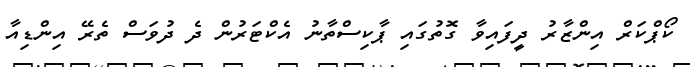
ކޯޕްކަރް އިންޒާރު ދީފައިވާ ގޮތުގައި ޕާކިސްތާނު އެކްޓަރުން ދެ ދުވަސް ތެރޭ އިންޑިއާ